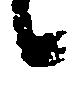
候